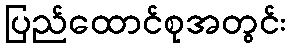
ပြည်ထောင်စုအတွင်း